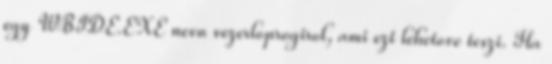
egy WBIDE.EXE nevu vezerloprogirol, ami ezt lehetove teszi. Ha